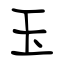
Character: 玉